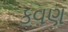
કવણ